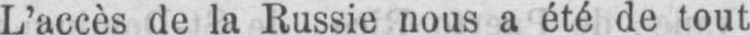
L’accès de la Russie nous a été de tout